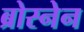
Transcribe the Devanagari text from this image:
ब्रोस्नेन